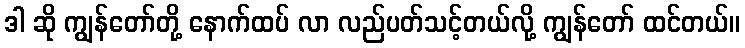
ဒါ ဆို ကျွန်တော်တို့ နောက်ထပ် လာ လည်ပတ်သင့်တယ်လို့ ကျွန်တော် ထင်တယ်။